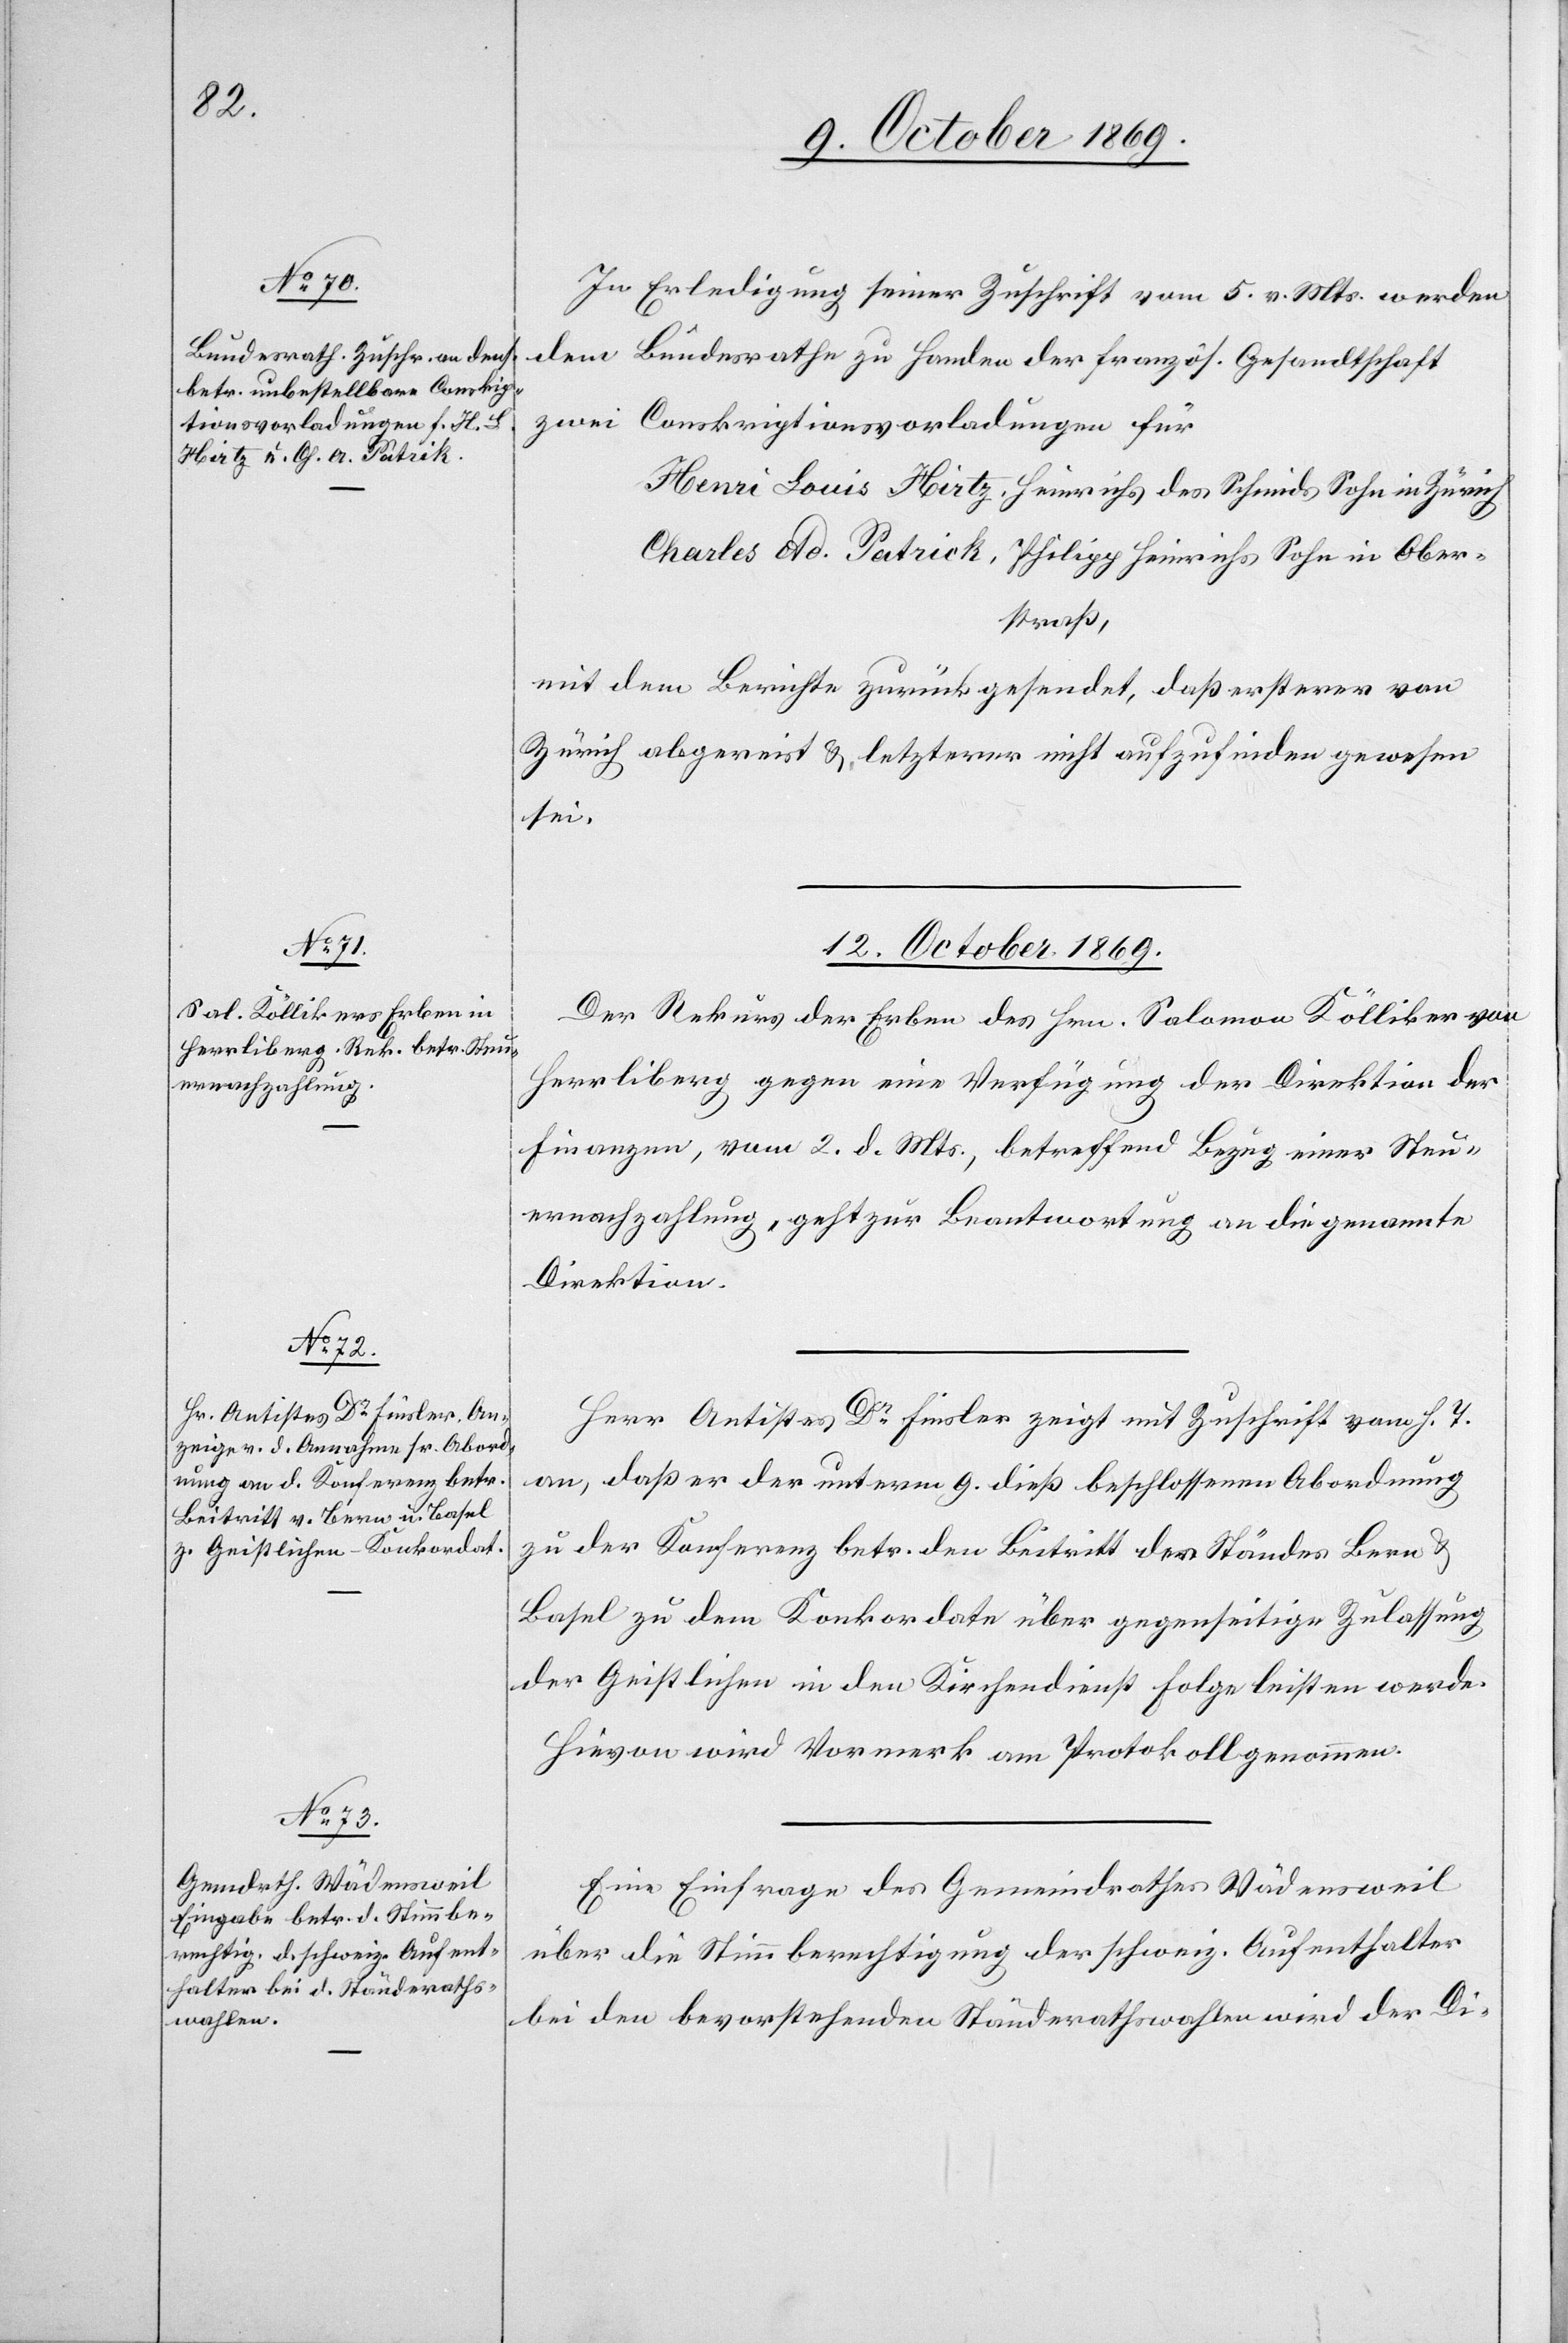
In Erledigung seiner Zuschrift vom 5. v. Mts. werden
dem Bundesrathe zu Handen der französ. Gesandtschaft
zwei Conskriptionsvorladungen für
Henri Louis Hirtz, Heinrichs des Schmids Sohn in Zürich
Charles Ad. Patrick [sic!], Philipp Heinrichs Sohn in Ober¬
straß,
mit dem Berichte zurückgesendet, daß ersterer von
Zürich abgereist & letzterer nicht aufzufinden gewesen
sei.
12. October 1869.]
Der Rekurs der Erben des Hrn. Salomon Kölliker von
Herrliberg gegen eine Verfügung der Direktion der
Finanzen, vom 2. d. Mts., betreffend Bezug einer Steu¬
ernachzahlung, geht zur Beantwortung an die genannte
Direktion.
Herr Antistes Dr Finsler zeigt mit Zuschrift vom h. T.
an, daß er der unterm 9. dieß beschlossenen Abordnung
zu der Konferenz betr. den Beitritt der Ständes [sic!]
Basel zu dem Konkordate über gegenseitige Zulassung
der Geistlichen in den Kirchendienst Folge leisten werde.
Hievon wird Vormerk am Protokoll genommen.
Eine Einfrage des Gemeindrathes Wädensweil
über die Stimmberechtigung der schweiz. Aufenthalter
bei den bevorstehenden Ständerathswahlen wird der Di-